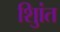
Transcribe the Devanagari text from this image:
शुिांत